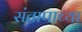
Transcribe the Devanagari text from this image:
संतापाच्या